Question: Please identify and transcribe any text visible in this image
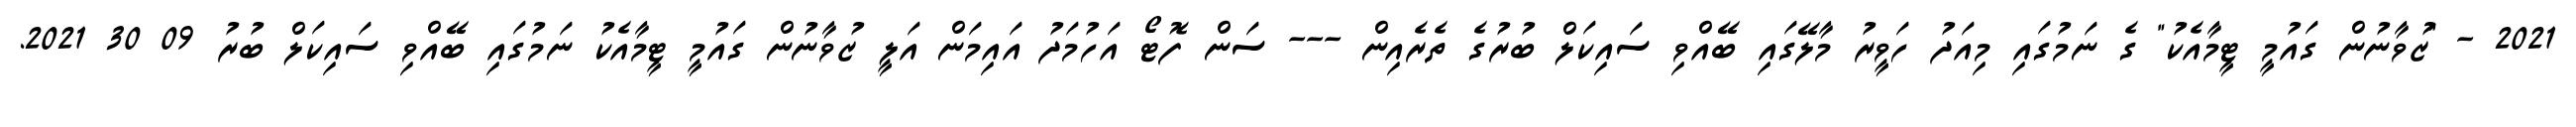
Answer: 2021 - "ޒުވާނުން ގައުމީ ޓީމާއެކު" ގެ ނަމުގައި މިއަދު ހަވީރު މާލޭގައި ބޭއްވި ސައިކަލް ބުރުގެ ތެރެއިން --- ސަން ފޮޓޯ އަހުމަދު އައިމަން އަލީ ޒުވާނުން ގައުމީ ޓީމާއެކު ނަމުގައި ބޭއްވި ސައިކަލް ބުރު 09 30 2021.